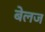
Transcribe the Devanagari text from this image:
बेलज